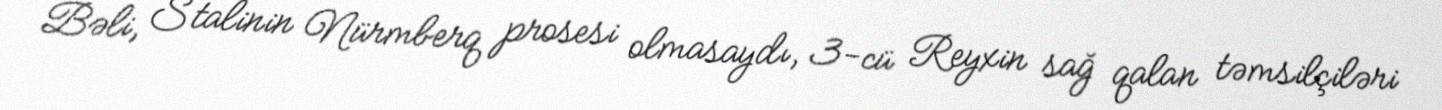
Bəli, Stalinin Nürmberq prosesi olmasaydı, 3-cü Reyxin sağ qalan təmsilçiləri